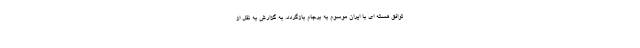
توافق هسته ای با ایران موسوم به برجام بازگردد. به گزارش به نقل از